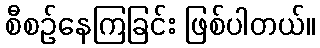
စီစဉ်နေကြခြင်း ဖြစ်ပါတယ်။